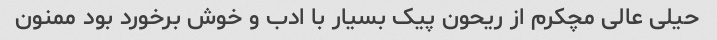
حیلی عالی مچکرم از ریحون پیک بسیار با ادب و خوش برخورد بود ممنون